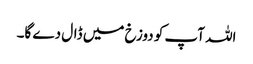
اللہ آپ کو دوزخ میں ڈال دے گا۔